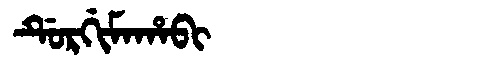
Manchu: ᡩᡠᡵᡤᡳᠮᠠᡥᠠᠪᡳ
Romanization: DURGIMAHABI